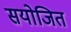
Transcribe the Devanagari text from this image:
सयोजित